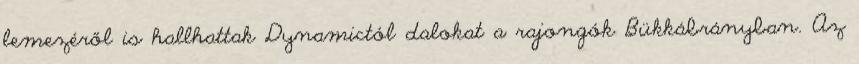
lemezéről is hallhattak Dynamictól dalokat a rajongók Bükkábrányban. Az